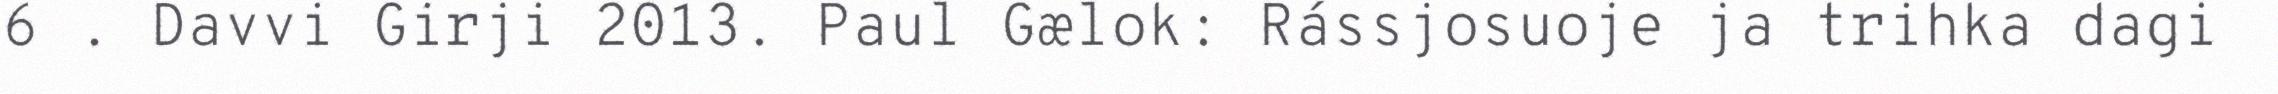
6 . Davvi Girji 2013. Paul Gælok: Rássjosuoje ja trihka dagi